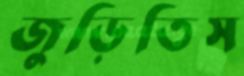
জুড়িতিস